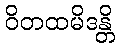
ဝိတထမိဒန္တိ